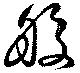
般